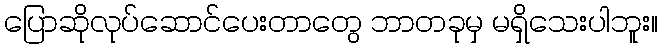
ပြောဆိုလုပ်ဆောင်ပေးတာတွေ ဘာတခုမှ မရှိသေးပါဘူး။